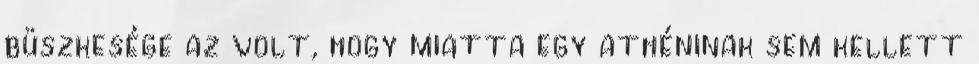
büszkesége az volt, hogy miatta egy athéninak sem kellett